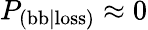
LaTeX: P_{\mathrm{(bb|loss)}}\approx 0